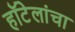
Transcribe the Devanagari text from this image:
हॉटेलांचा